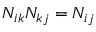
N _ { i k } N _ { k j } = N _ { i j }